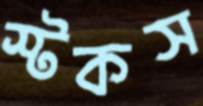
স্টকস